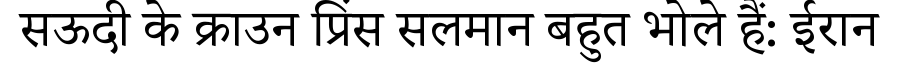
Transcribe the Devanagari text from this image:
सऊदी के क्राउन प्रिंस सलमान बहुत भोले हैं: ईरान